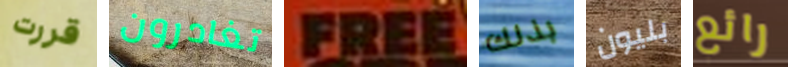
قررت تغادرون FREE بذلك بليون رائع